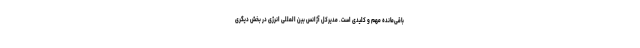
باقی‌مانده مهم و کلیدی است. مدیرکل آژانس بین المللی انرژی در بخش دیگری